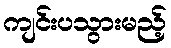
ကျင်းပသွားမည့်